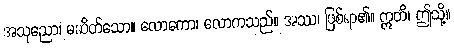
အသုညော၊ မဆိတ်သော။ လောကော၊ လောကသည်။ အဿ၊ ဖြစ်ရာ၏။ ဣတိ၊ ဤသို့။